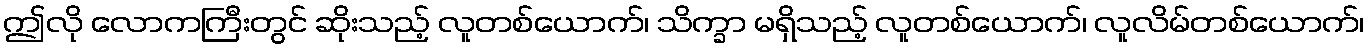
ဤလို လောကကြီးတွင် ဆိုးသည့် လူတစ်ယောက်၊ သိက္ခာ မရှိသည့် လူတစ်ယောက်၊ လူလိမ်တစ်ယောက်၊